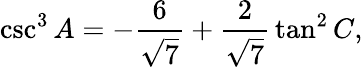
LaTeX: \csc^{3}A=-{\frac{6}{\sqrt{7}}}+{\frac{2}{\sqrt{7}}}\tan^{2}C,